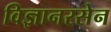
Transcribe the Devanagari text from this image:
विज्ञानरसेन